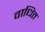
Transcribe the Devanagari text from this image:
वाधित